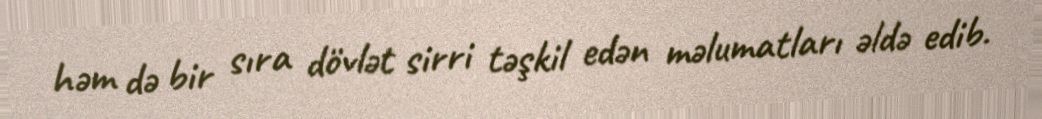
həm də bir sıra dövlət sirri təşkil edən məlumatları əldə edib.